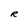
Character: R